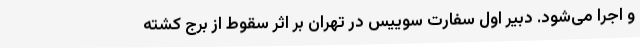
و اجرا می‌شود. دبیر اول سفارت سوییس در تهران بر اثر سقوط از برج کشته